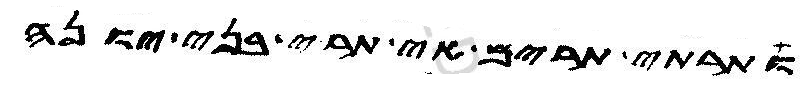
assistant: ותרתי תרים אי תרי בני יונה